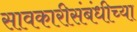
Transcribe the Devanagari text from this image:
सावकारीसंबंधीच्या